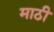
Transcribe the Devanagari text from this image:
माठी